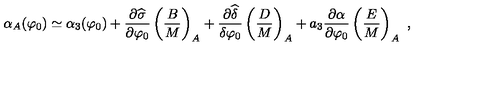
\alpha _ { A } ( \varphi _ { 0 } ) \simeq \alpha _ { 3 } ( \varphi _ { 0 } ) + { \frac { \partial \widehat \sigma } { \partial \varphi _ { 0 } } } \left( { \frac { B } { M } } \right) _ { A } + { \frac { \partial \widehat \delta } { \delta \varphi _ { 0 } } } \left( { \frac { D } { M } } \right) _ { A } + a _ { 3 } { \frac { \partial \alpha } { \partial \varphi _ { 0 } } } \left( { \frac { E } { M } } \right) _ { A } \ ,